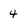
Character: 4